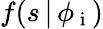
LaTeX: f(s\, |\, \phi_{\mathrm{~i~}})